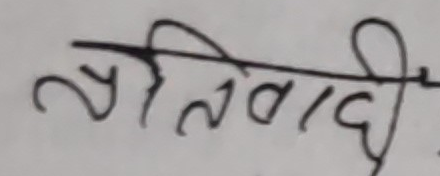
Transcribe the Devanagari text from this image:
प्रतिवादी